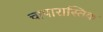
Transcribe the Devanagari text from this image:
चापारास्तिक